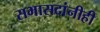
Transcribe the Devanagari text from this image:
सभासदांनीही